system: You are a helpful assistant.
user:
Analyze the provided spectrum to determine if it is a **S-type Star**.

- **Key Indicators for S-type Star:**

    - **(Overall Spectrum Shape):** The first and most obvious characteristic is the overall continuum (the "baseline" shape). It is **extremely "red-sloping,"** meaning the flux (light intensity) is very low on the left side (blue, ~4000-4500 Å) and rises steeply and continuously toward the right side (red, ~7000 Å+).

    - **(Primary):** The spectrum is defined by the presence of strong, broad molecular absorption "valleys" (bands) from **Zirconium Oxide (ZrO)**. The identification of these bands is the **primary requirement** for classifying a star as S-type.
        - **(Key Bandheads):** You must find distinct, deep "dips" where the light has been absorbed. The most critical band systems to locate are:
            - **~6474 Å** ($\gamma$-system): This is often the strongest and clearest ZrO feature, found in the red part of the spectrum.
            - **~5718 Å** & **~5551 Å** ($\beta$-system): A pair of prominent absorption features in the yellow-orange part of the spectrum.
            - **~4640 Å** ($\alpha$-system): A key absorption band system in the blue-green region of the spectrum.

    - **(Secondary Confirmation):** The classification is strengthened by finding additional absorption bands from other related heavy element oxides, which are expected to be present alongside ZrO.
        - **(Key Bandheads):**
            - **Yttrium Oxide (YO):** Look for absorption dips near **~4800 Å** and **~6100 Å**.
            - **Lanthanum Oxide (LaO):** Additional absorption features, particularly in the red-orange part of the spectrum, are also characteristic.

    - **(Line Profile):** The combination of the steep red continuum and these numerous, deep molecular bands (ZrO, YO, etc.) gives the entire spectrum a very **"chopped-up"** or **"bumpy"** appearance. Instead of a smooth curve, the spectrum looks as though large, wide chunks of light have been "carved out" of it at the specific wavelengths listed above.

Think first, call **spectral_visualization_tool** if needed to examine features in detail, then provide your final answer. Your response must adhere to the following strict rules:
1.  **Overall Structure:** Your response must follow the format `<think>...</think> <tool_call>...</tool_call> (if a tool is used) <answer>...</answer>`.
2.  **Tool Usage Constraint:** You may only make **one** tool call per turn.
3.  **Final Answer Format:** In the `<answer>` tag, your conclusion must be inside a `\boxed{}` command (e.g., `\boxed{YES}` or `\boxed{NO}`), followed by your justification.

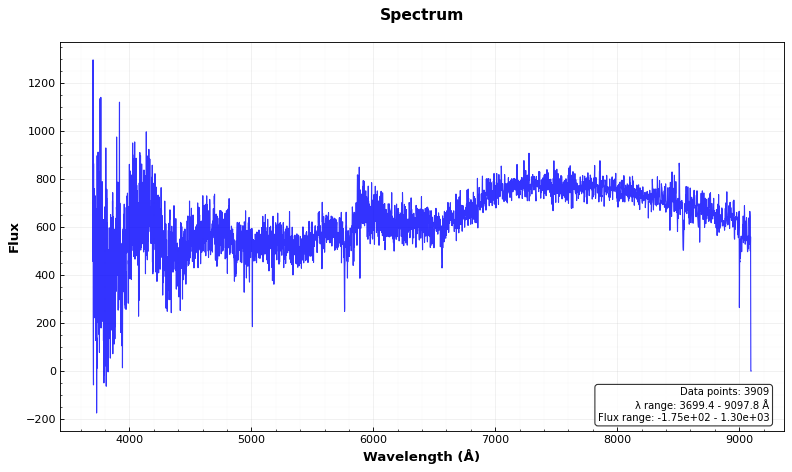
Answer: NO